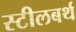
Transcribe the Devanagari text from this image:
स्टीलबर्थ